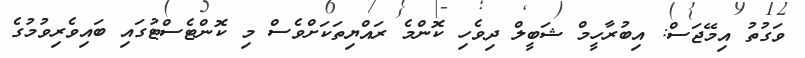
ވަގުތު އިމޭޖަސް: އިބުރާހީމް ޝަބީލް ދިވެހި ކޮންމެ ރައްޔިތަކަށްވެސް މި ކޮންޓެސްޓުގައި ބައިވެރިވުމުގެ